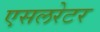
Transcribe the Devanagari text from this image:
एसलरेटर